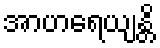
အာဟရေယျန္တိ